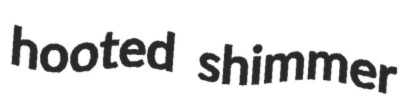
hooted shimmer